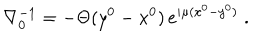
\nabla _ { 0 } ^ { - 1 } = - \Theta ( y ^ { 0 } - x ^ { 0 } ) \, e ^ { i \mu ( x ^ { 0 } - y ^ { 0 } ) } \; .